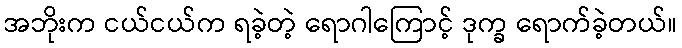
အဘိုးက ငယ်ငယ်က ရခဲ့တဲ့ ရောဂါကြောင့် ဒုက္ခ ရောက်ခဲ့တယ်။